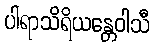
ပါရာသိရိယန္တေဝါသီ